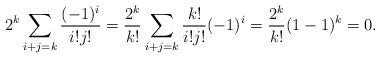
LaTeX: \begin{align*}2^k \sum_{i + j = k} \frac{(-1)^i}{i!j!} = \frac{2^k}{k!} \sum_{i + j= k} \frac{k!}{i!j!} (-1)^i = \frac{2^k}{k!}(1-1)^k = 0.\end{align*}